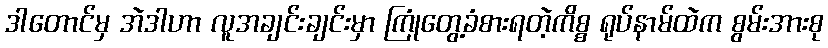
ဒါတောင်မှ အဲဒါဟာ လူအချင်းချင်းမှာ ကြုံတွေ့ခံစားရတဲ့ကိစ္စ ရုပ်နာမ်ထဲက စွမ်းအားစု